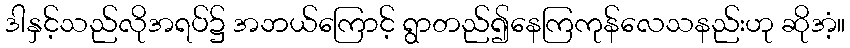
ဒါနှင့်သည်လိုအရပ်၌ အဘယ်ကြောင့် ရွာတည်၍နေကြကုန်လေသနည်းဟု ဆိုအံ့။